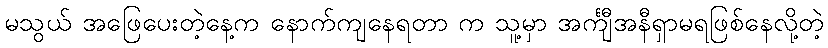
မသွယ် အဖြေပေးတဲ့နေ့က နောက်ကျနေရတာ က သူ့မှာ အင်္ကျီအနီရှာမရဖြစ်နေလို့တဲ့